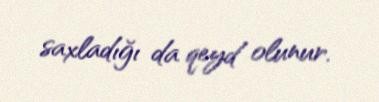
saxladığı da qeyd olunur.